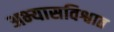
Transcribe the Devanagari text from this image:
अभ्यासविश्वात